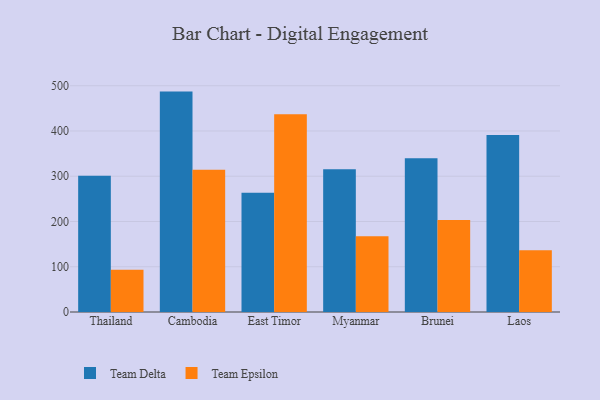
{"axis": {"x": "Country", "y": "Conversion Rate (%)"}, "legend": ["Team Delta", "Team Epsilon"], "data": [{"x": "Thailand", "y": 301.1, "type": "Team Delta"}, {"x": "Thailand", "y": 93.5, "type": "Team Epsilon"}, {"x": "Cambodia", "y": 487.1, "type": "Team Delta"}, {"x": "Cambodia", "y": 314.6, "type": "Team Epsilon"}, {"x": "East Timor", "y": 263.7, "type": "Team Delta"}, {"x": "East Timor", "y": 437.3, "type": "Team Epsilon"}, {"x": "Myanmar", "y": 315.3, "type": "Team Delta"}, {"x": "Myanmar", "y": 167.5, "type": "Team Epsilon"}, {"x": "Brunei", "y": 339.7, "type": "Team Delta"}, {"x": "Brunei", "y": 203.1, "type": "Team Epsilon"}, {"x": "Laos", "y": 391.3, "type": "Team Delta"}, {"x": "Laos", "y": 136.7, "type": "Team Epsilon"}]}